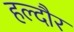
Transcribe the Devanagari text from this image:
हल्दौर